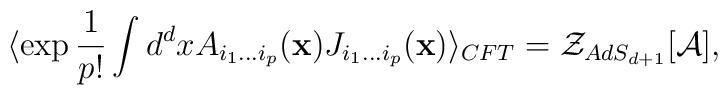
\langle \exp {1\over p!} \int d^dx A_{i_1\ldots i_p}({\bf x})   J_{i_1\ldots i_p}({\bf x}) \rangle_{CFT}= {\cal Z}_{AdS_{d+1}}[{\cal A}],